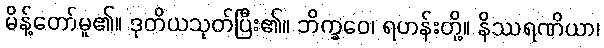
မိန့်တော်မူ၏။ ဒုတိယသုတ်ပြီး၏။ ဘိက္ခဝေ၊ ရဟန်းတို့။ နိဿရဏိယာ၊